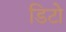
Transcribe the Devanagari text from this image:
डिटो